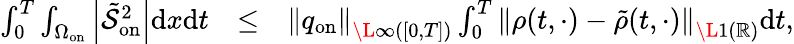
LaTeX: \begin{array}{rlr}{\int_{0}^{T}\int_{\Omega_{\mathrm{on}}}\left|\tilde{\mathcal{S}}_{\mathrm{on}}^{2}\right|\mathrm{d}x\mathrm{d}t}&{\leq}&{{\left\| q_{\mathrm{on}}\right\| _{\L{\infty}([0,T])}}\int_{0}^{T}\left\| \rho(t,\cdot)-\tilde{\rho}(t,\cdot)\right\| _{\L{1}(\mathbb{R})}\mathrm{d}t,}\end{array}